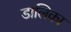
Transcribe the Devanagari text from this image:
डालिका